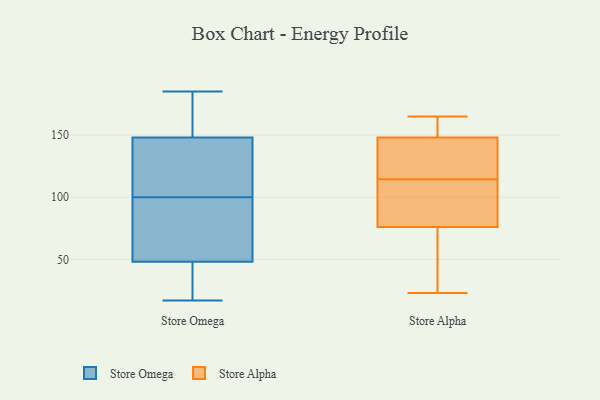
{"axis": {"x": "Headcount", "y": "Value"}, "legend": ["Store Alpha", "Store Omega"], "data": [{"x": "", "y": 94, "type": "Store Omega"}, {"x": "", "y": 125, "type": "Store Omega"}, {"x": "", "y": 80, "type": "Store Omega"}, {"x": "", "y": 185, "type": "Store Omega"}, {"x": "", "y": 153, "type": "Store Omega"}, {"x": "", "y": 122, "type": "Store Omega"}, {"x": "", "y": 158, "type": "Store Omega"}, {"x": "", "y": 48, "type": "Store Omega"}, {"x": "", "y": 37, "type": "Store Omega"}, {"x": "", "y": 106, "type": "Store Omega"}, {"x": "", "y": 91, "type": "Store Omega"}, {"x": "", "y": 22, "type": "Store Omega"}, {"x": "", "y": 31, "type": "Store Omega"}, {"x": "", "y": 109, "type": "Store Omega"}, {"x": "", "y": 17, "type": "Store Omega"}, {"x": "", "y": 148, "type": "Store Omega"}, {"x": "", "y": 169, "type": "Store Omega"}, {"x": "", "y": 61, "type": "Store Omega"}, {"x": "", "y": 114, "type": "Store Alpha"}, {"x": "", "y": 59, "type": "Store Alpha"}, {"x": "", "y": 97, "type": "Store Alpha"}, {"x": "", "y": 142, "type": "Store Alpha"}, {"x": "", "y": 26, "type": "Store Alpha"}, {"x": "", "y": 49, "type": "Store Alpha"}, {"x": "", "y": 161, "type": "Store Alpha"}, {"x": "", "y": 134, "type": "Store Alpha"}, {"x": "", "y": 145, "type": "Store Alpha"}, {"x": "", "y": 163, "type": "Store Alpha"}, {"x": "", "y": 108, "type": "Store Alpha"}, {"x": "", "y": 163, "type": "Store Alpha"}, {"x": "", "y": 77, "type": "Store Alpha"}, {"x": "", "y": 115, "type": "Store Alpha"}, {"x": "", "y": 137, "type": "Store Alpha"}, {"x": "", "y": 104, "type": "Store Alpha"}, {"x": "", "y": 23, "type": "Store Alpha"}, {"x": "", "y": 165, "type": "Store Alpha"}, {"x": "", "y": 151, "type": "Store Alpha"}, {"x": "", "y": 75, "type": "Store Alpha"}]}